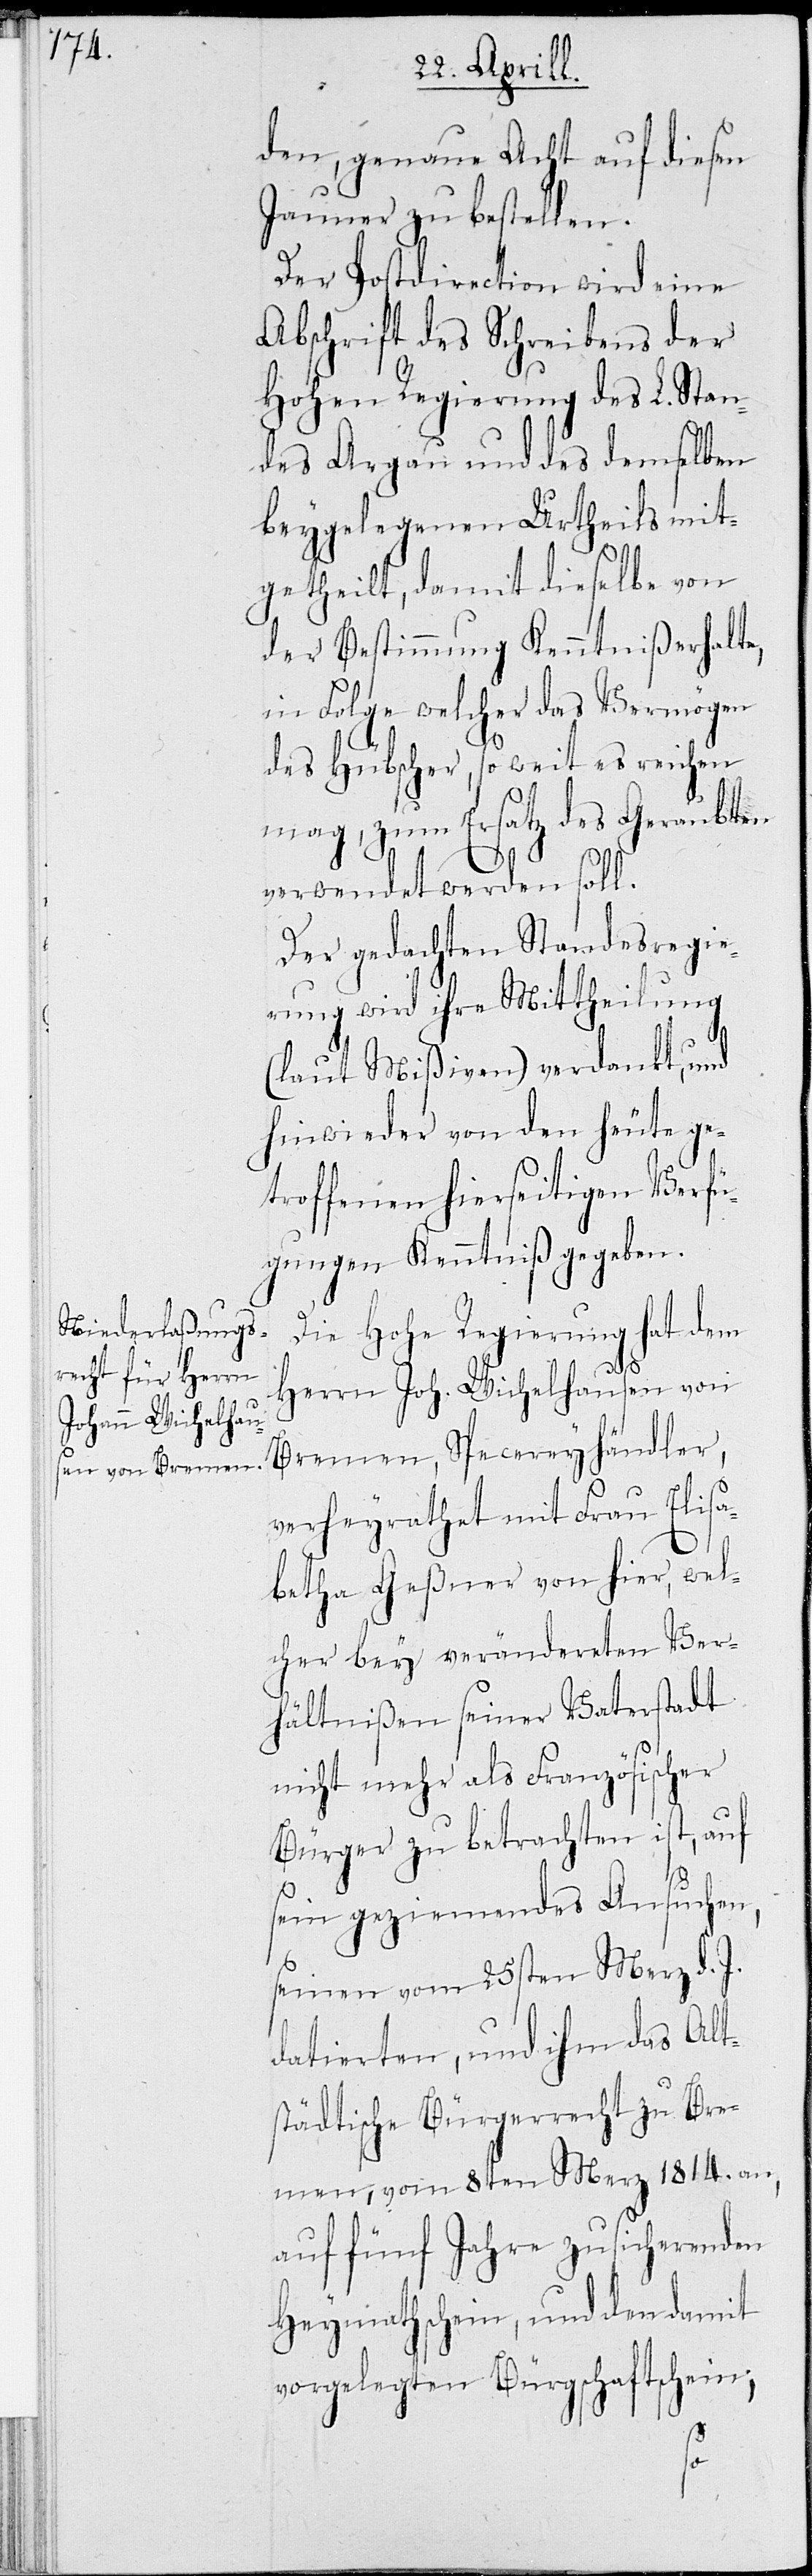
Johann Wichelhau¬

den, genaue Acht auf diesen
Jauner zu bestellen.
Der Postdirection wird eine
Abschrift des Schreibens der
Hohen Regierung des L. Stan¬
des Argau und des demselben
beygelegenen Urtheils mit¬
getheilt, damit dieselbe von
der Bestimmung Kenntniß erhalte,
in Folge welcher das Vermögen
des Hübscher, so weit es reichen
mag, zum Ersatz des Geraubten
verwendet werden soll.
Der gedachten Standesregie¬
rung wird ihre Mittheilung
(laut Mißiven) verdankt, und
hinwieder von den heute ge¬
troffenen hierseitigen Verfü¬
gungen Kenntniß gegeben.
Die Hohe Regierung hat dem
Bremen, Specereyhändler,
verheyrathet mit Frau Elisa¬
betha Geßner von hier, wel¬
cher bey veränderten Ver¬
hältnißen seiner Vaterstadt
nicht mehr als Französischer
Bürger zu betrachten ist, auf
sein geziemendes Ansuchen,
seinen vom 25 Merz d.
datierten, und ihm das Alt¬
städtische Bürgerrecht zu Bre¬
men, vom 8ten Merz 1814 an,
auf fünf Jahre zusichernden
Heymathschein, und den damit
vorgelegten Bürgschaftschein,
sen